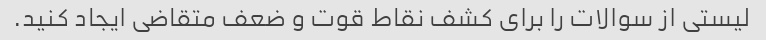
لیستی از سوالات را برای کشف نقاط قوت و ضعف متقاضی ایجاد کنید.